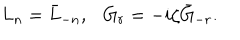
LaTeX: L _ { n } = \bar { L } _ { - n } , G _ { r } = - i \zeta \bar { G } _ { - r } .